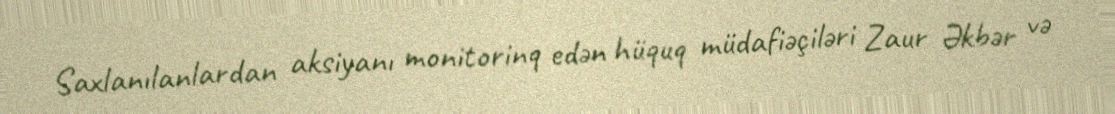
Saxlanılanlardan aksiyanı monitorinq edən hüquq müdafiəçiləri Zaur Əkbər və